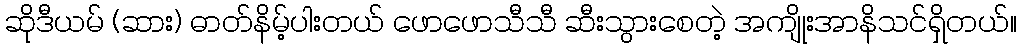
ဆိုဒီယမ် (ဆား) ဓာတ်နိမ့်ပါးတယ် ဖောဖောသီသီ ဆီးသွားစေတဲ့ အကျိုးအာနိသင်ရှိတယ်။